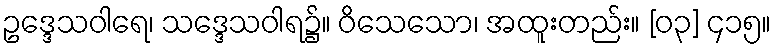
ဥဒ္ဒေသဝါရေ၊ သဒ္ဒေသဝါရ၌။ ဝိသေသော၊ အထူးတည်း။ [၀၃] ၄၁၅။